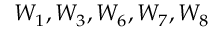
W _ { 1 } , W _ { 3 } , W _ { 6 } , W _ { 7 } , W _ { 8 }